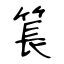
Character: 𥮲